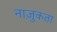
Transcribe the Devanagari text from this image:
नाज़ुकता